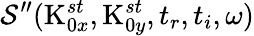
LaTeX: \mathcal{S}^{\prime\prime}(\textrm{{K}}_{0x}^{st},\textrm{{K}}_{0y}^{st},t_{r},t_{i},\omega)